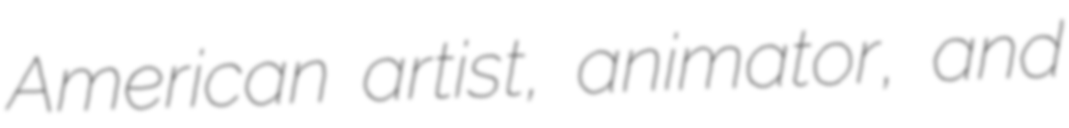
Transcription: American artist, animator, and